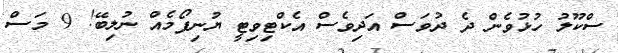
ސްކޫލު ހުޅުވެން ދެ ދުވަސް އަދިވެސް އެކްޓިވިޓީ ޔުނިފޯމެއް ނުލިބޭ! 9 މަސް